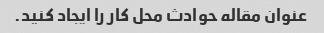
عنوان مقاله حوادث محل کار را ایجاد کنید.